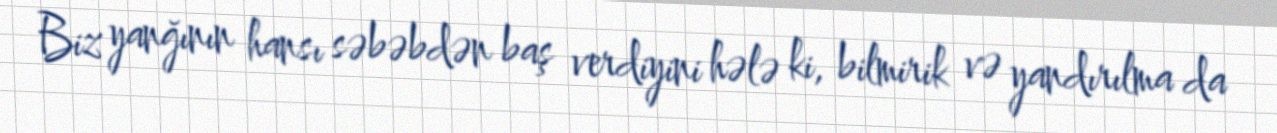
Biz yanğının hansı səbəbdən baş verdiyini hələ ki, bilmirik və yandırılma da